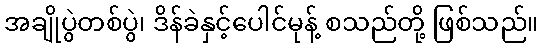
အချိုပွဲတစ်ပွဲ၊ ဒိန်ခဲနှင့်ပေါင်မုန့် စသည်တို့ ဖြစ်သည်။